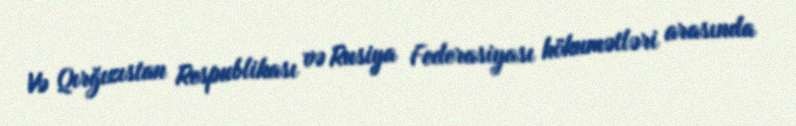
Və Qırğızıstan Respublikası və Rusiya Federasiyası hökumətləri arasında